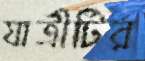
যাত্রীটির